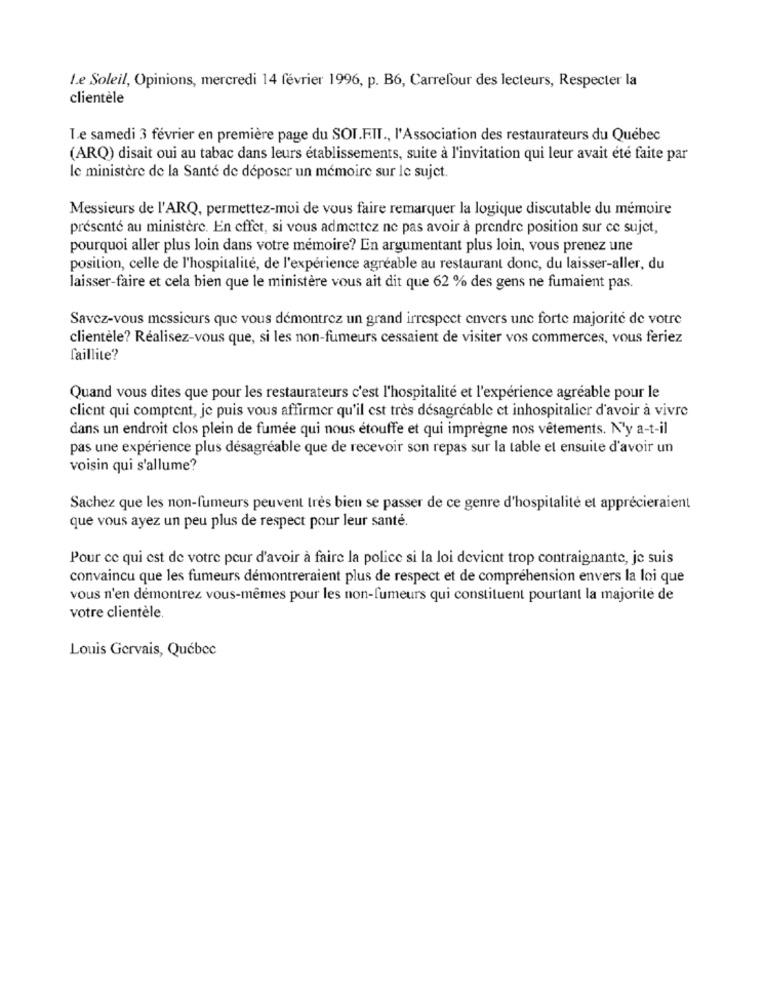
Le Soleil, Opinions, mercredi 14 février 1996, p. B6, Carrefour des lecteurs, Respecter la
clientèle
Le samedi 3 février en première page du SOT.FIT ., l'Association des restaurateurs du Québec
(ARQ) disait oui au tabac dans leurs établissements, suite à l'invitation qui leur avait été faite par
le ministère de la Santé de déposer un mémoire sur le sujet.
Messieurs de l'ARQ, permettez-moi de vous faire remarquer la logique discutable du mémoire
présenté au ministère. En effet, si vous admettez ne pas avoir à prendre position sur ce sujet,
pourquoi aller plus loin dans votre mémoire? En argumentant plus loin, vous prenez une
position, celle de l'hospitalité, de l'expérience agréable au restaurant donc, du laisser-aller, du
laisser-faire et cela bien que le ministère vous ait dit que 62 % des gens ne fumaient pas.
Savez-vous messieurs que vous démontrez un grand irrespect envers une forte majorité de votre
clientèle? Réalisez-vous que, si les non-fumeurs cessaient de visiter vos commerces, vous feriez
faillite?
Quand vous dites que pour les restaurateurs c'est l'hospitalité et l'expérience agréable pour le
client qui comptent, je puis vous affirmer qu'il est très désagréable et inhospitalier d'avoir à vivre
dans un endroit clos plein de fumée qui nous étouffe et qui imprègne nos vêtements. Ny a-t-il
pas une expérience plus désagréable que de recevoir son repas sur la table et ensuite d'avoir un
voisin qui s'allume?
Sachez que les non-fumeurs peuvent très bien se passer de ce genre d'hospitalité et apprécieraient
que vous ayez un peu plus de respect pour leur santé.
Pour ce qui est de votre peur d'avoir à faire la police si la loi devient trop contraignante, je suis
convaincu que les fumeurs démontreraient plus de respect et de compréhension envers la loi que
vous n'en démontrez vous-mêmes pour les non-fumeurs qui constituent pourtant la majorité de
votre clientèle.
Louis Gervais, Québec